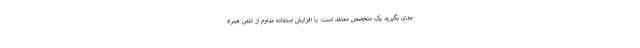
جدی بگیرید یک متخصص معتقد است: با افزایش استفاده مداوم از تلفن همراه